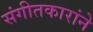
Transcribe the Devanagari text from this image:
संगीतकारांने